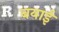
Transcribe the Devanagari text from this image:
बयाई